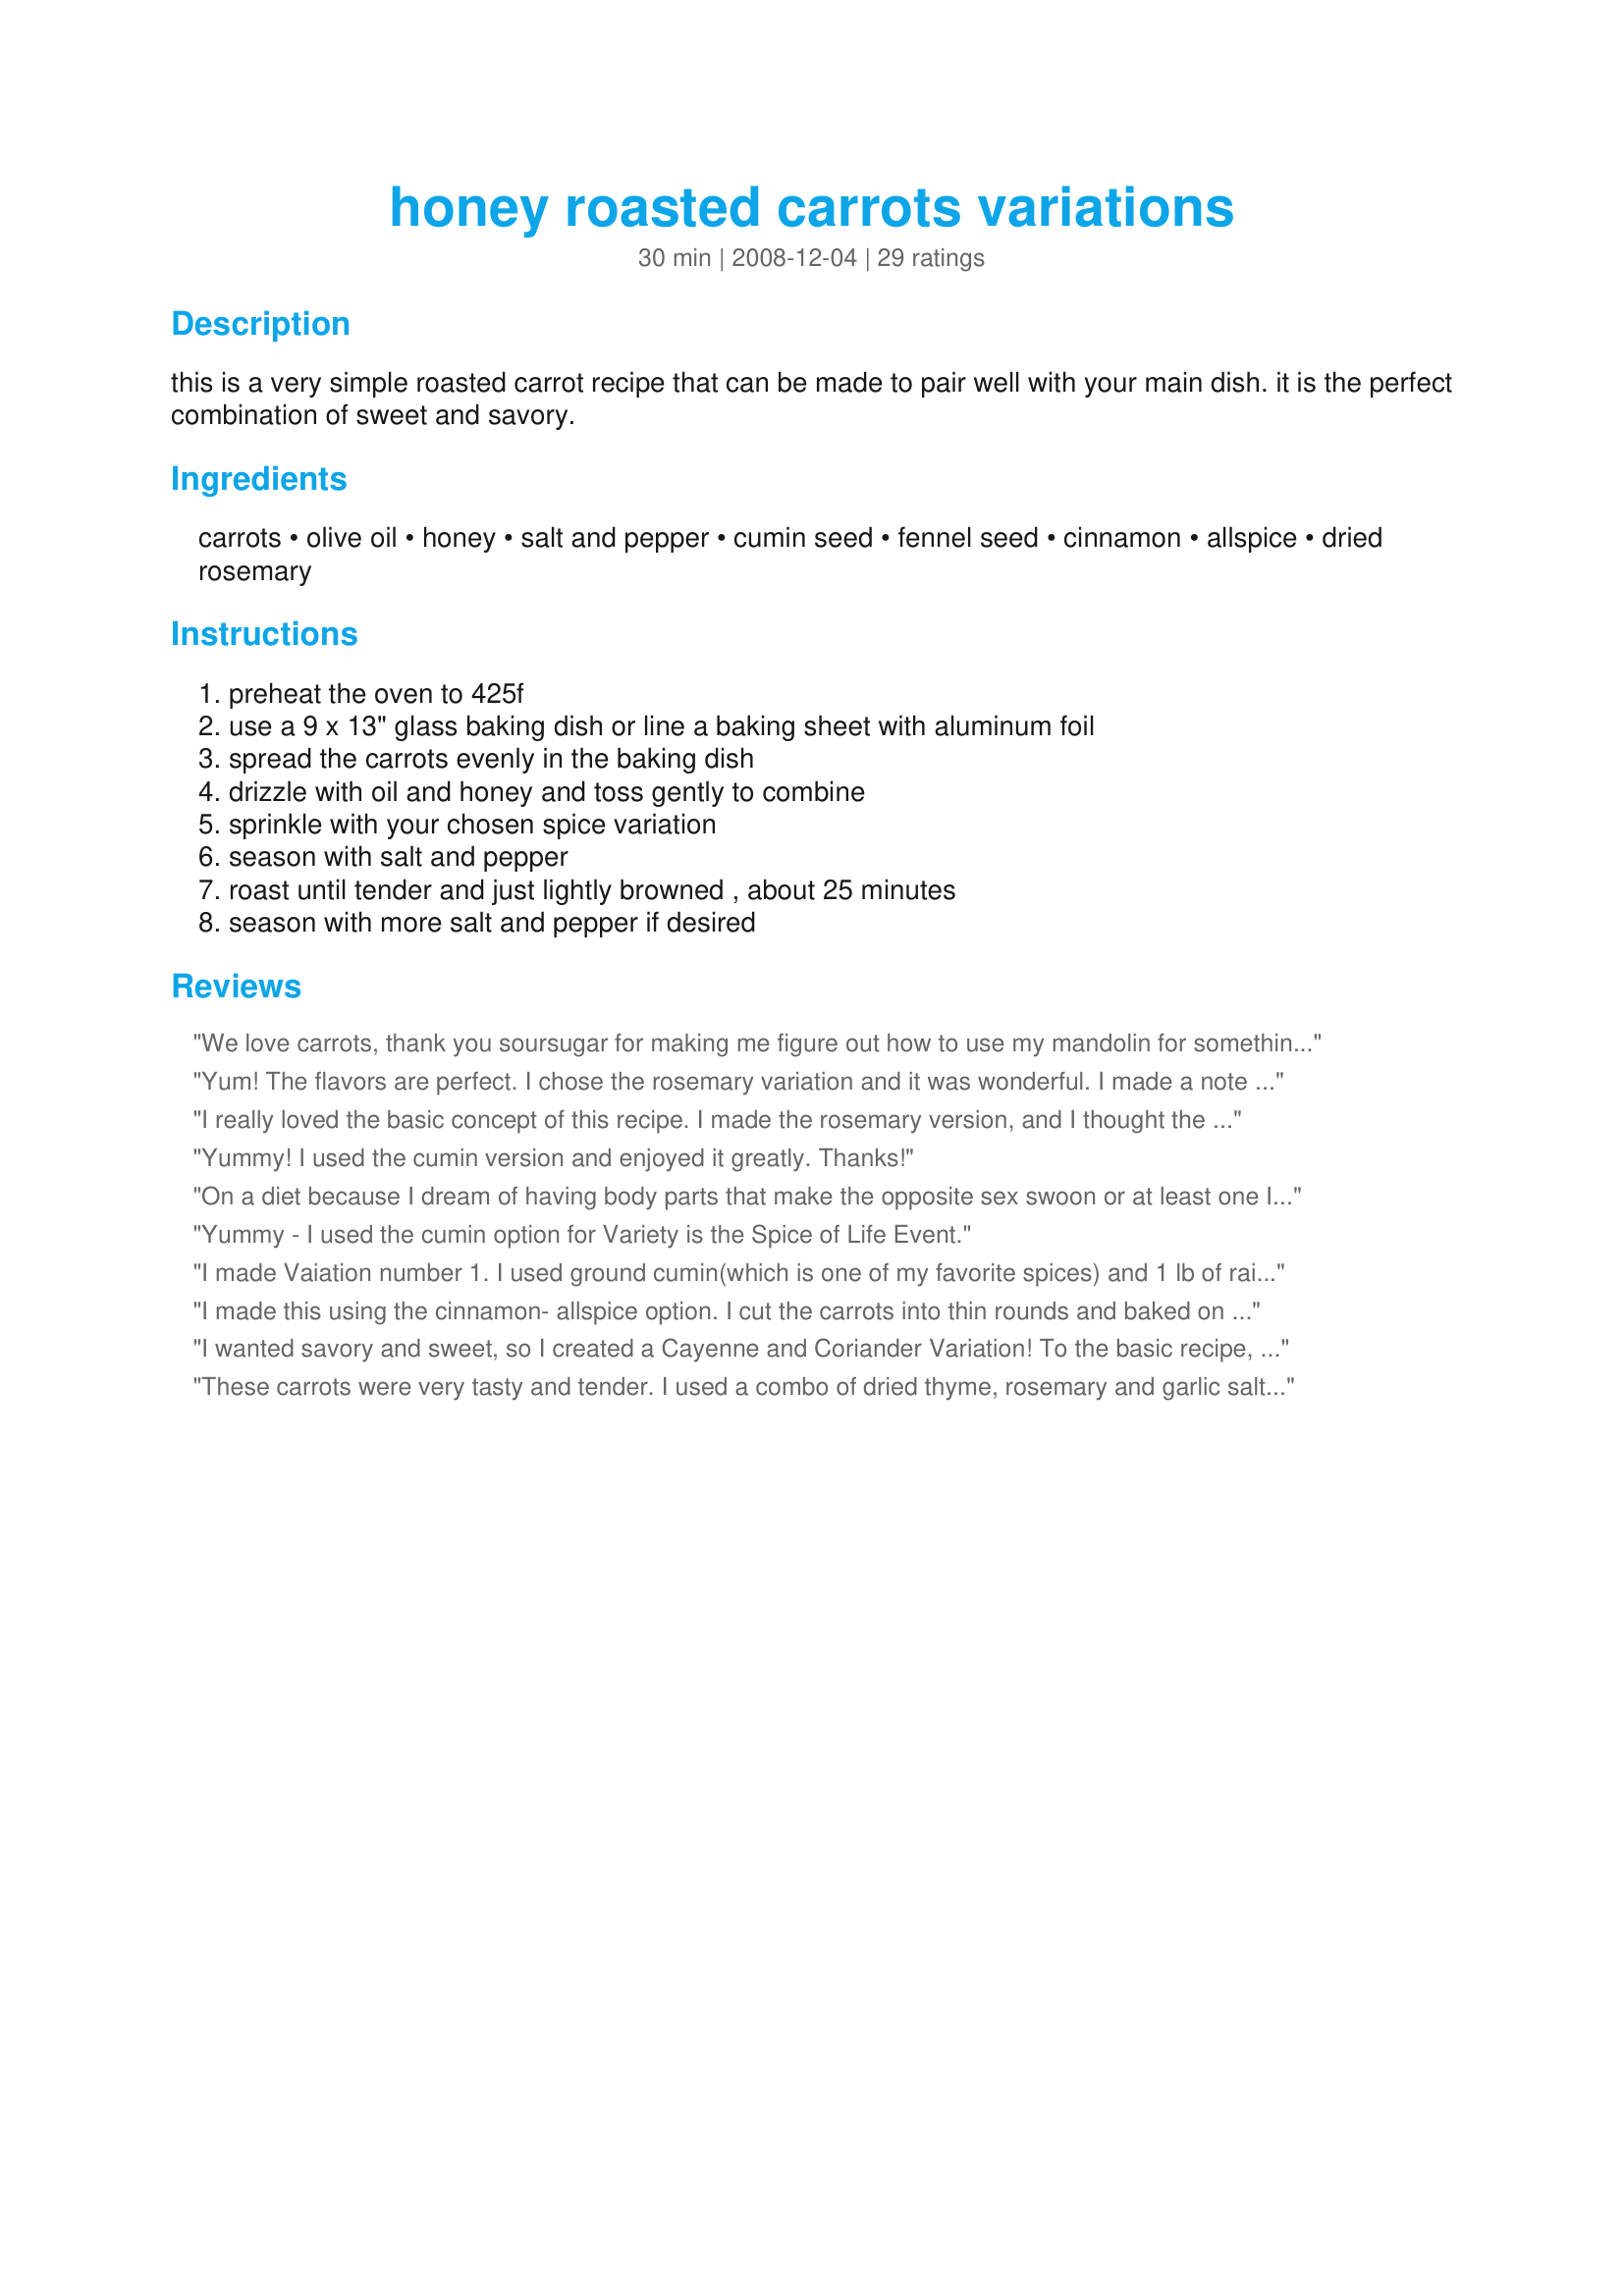
honey roasted carrots variations
Preparation time: 30 minutes

this is a very simple roasted carrot recipe that can be made to pair well with your main dish. it is the perfect combination of sweet and savory.

Ingredients:
carrots, olive oil, honey, salt and pepper, cumin seed, fennel seed, cinnamon, allspice, dried rosemary

Steps:
preheat the oven to 425f, use a 9 x 13" glass baking dish or line a baking sheet with aluminum foil, spread the carrots evenly in the baking dish, drizzle with oil and honey and toss gently to combine, sprinkle with your chosen spice variation, season with salt and pepper, roast until tender and just lightly browned , about 25 minutes, season with more salt and pepper if desired

Reviews:
We love carrots, thank you soursugar for making me figure out how to use my mandolin for something other than slicing potatoes. I made little sticks on the mandolin, just as you suggested.<br/><br/>I chose the fennel variation for the "Variety is the Spice of Life Event" Boy am I happy I did, it was great. I roast a lot of veggies, but never tried carrots before. <br/><br/>Wonderful application for carrots. <br/><br/>No problems at all, cooked exactly as directed. YUMMY!
Yum! The flavors are perfect. I chose the rosemary variation and it was wonderful. I made a note to not slice my carrots so thin because I had a few black bottoms on them by 20 minutes of cooking. Next time I will cut them a bit thicker and check on them sooner. The flavor of the olive oil, honey, salt, pepper and rosemary was spot on!
I really loved the basic concept of this recipe. I made the rosemary version, and I thought the honey made it a little too sweet (though it might be that I might have used too much honey). I'll definitely make this again and just leave out the honey so the savory flavor of the roasted carrots comes out in full bloom. Thanks for sharing your recipe, soursugar. It's a keeper! Made for 2012 Variety of Spice event.
Yummy! I used the cumin version and enjoyed it greatly. Thanks!
On a diet because I dream of having body parts that make the opposite sex swoon or at least one I can show in public. The addition of cumin seeds were fabulous!
Yummy - I used the cumin option for Variety is the Spice of Life Event.
I made Vaiation number 1. I used ground cumin(which is one of my favorite spices) and 1 lb of rainbow carrots. The recipe turned out great and DS walked in the kitchen when I was adding the honey, so he decided he was going to eat his veggies without a problem! LOL. I'll have to make these more often :) Made for Variety is the Spice of Life event '12.
I made this using the cinnamon- allspice option. I cut the carrots into thin rounds and baked on a foil lined baking sheet. The timing was right on and the carrots were delicious! Thanks for sharing. Made for Variety is the Spice of Life event.
I wanted savory and sweet, so I created a Cayenne and Coriander Variation! To the basic recipe, I added 1/8 teaspoon cayenne pepper, and 1 teaspoon ground coriander. Made for Variety is the Spice of Life Event 2012 ~
These carrots were very tasty and tender. I used a combo of dried thyme, rosemary and garlic salt. Next time I plan on trying them without the thyme and rosemary. I also used baby carrots which I cut into coins. Made for the Variety is the Spice of Life Event 2012.
These were sweet and flavorful, enjoyed by all. Did the Basic recipe. Cooked as directed.<br/>Made for Variety is the Spice of Life event. Thank You for sharing.
Thanks to Variety is the Spice of Life Event I chose to try this recipe.<br/><br/>For our choice I picked cinnamon and allspice.<br/><br/>This is a recipe I can me making this dish a lot becaue of how well the flavors went togeher and how easy this dish was to make on a busy night.
Timing, directions, and taste right on. Made the cumin variation. IF, I could add it to my 425 oven cook book I would, but site is not meshing well with iPad. Thank you for sharing. Served with rice and breaded shrimp.
I love roasted carrots! I used a pound of baby carrots cut in half lengthwise with the cinnamon variation. When I make these again (and I will), I will cut back on the cinnamon. Otherwise, we really liked them! MERP'd for the Variety of Spice game.
We love roasted carrots and this recipe does not disappoint. It was quick and easy to make with terrific results. I used the fennel variation and boy am I glad that I did. I coasley sliced the carrots and put the fennel seed in my mortar and pestle for a little crushing to impart more of the fennel flavor. Thank you for sharing this wonderful treat, a new family favorite that I will make again and again. I knew that the fennel would marry well with the carrots, I just didn't realize how wonderful it would taste. Really awesome served with variation potates and crispy oven fried chicken. Made for Variation Event - 5/12
Delicious roasted carrots! I made the cumin variation and thought it was wonderful with the honey. I used baby carrots, sliced in half lengthwise. Thanks for sharing your recipe! Made for the Variety is the Spice of Life event 2012
Excellent recipe. It was hard to decide between cumin and fennels seeds, but I tried cumin this time. Easy to make, lots of flavour and oh-so colourful on the plate. I sliced the carrots with a potato peeler and am still wondering whether I should buy a mandolin -- very tempting. This is now my go-to recipe for carrots with a difference. Thanks for posting.
Made the cinnamon version...sweet like candy!
The carrots were sweet, juicy and went very well with our grilled salmon. I used the dried rosemary variation. <br/>Thanks for posting.<br/>Made for Variety is the Spice of Life.
What a great recipe! :) It tastes soooo yummy and has a perfect balance of flavours. The honey really brings out the natural sweetness of the carrot (I chose to use a tad less honey, though) and the spices are a great addition. I made variations #1, #3 and #4 and liked #3 the best. The allspice and cinnamon were so great with the honey and carrots! YUM!<br/>Ill definitely make this again! THANK YOU SO MUCH for sharing a keeper, soursugar.<br/>Made and reviewed for the Variety is the spice of life event May 2012.
Spicy carrot candy. I made the fennel version with ground fennel seeds and a couple left whole for garnish. They only took about 10 minutes before the edges started to brown, so they were nice and crisp tender. Made for Variety is the Spice of Live Event, May 2012.
I made a double batch of baby carrots & added fennel seed to 1 & fresh minced rosemary to the other. Quite sweet but very tasty. I plan to make the other 2 variations at some point, too. Made for Variety is the Spice of Life 5/12.
Really really sweet but still a very nice side! I made the rosemary option substituting fresh rosemary for dried, also made one minor technique change in that I just cut the carrots into small sticks which cooked up perfectly. We be coming back to try some of the other options. Thanks for the post.
I made these using the cinnamon- allspice option, very very nice! I cut the carrots into batons, and roasted in a baking dish, shaking the pan occasionally. Cooked perfectly, such an easy and delish recipe, thank you soursugar. I used them to accompany recipe#465746 and recipe#181396. This recipe was made for Variety is the Spice of Life event.
Very good. I made this with the cinnamon and allspice. The only complaint I had was that they didn&#039;t taste like carrots. I followed the recipe exactly. I will make them again. I will try another variation. Thank you for posting.
I was I was hoping to find yellow, white or indigo carrots for this recipe but could not but did buy the best quality bunch carrots and added two parsnips both from a local source. Used local blackberry honey, fresh rosemary from our garden (not blooming anymore!) I lined a Pyrex baking dish with parchment paper. The carrots were sliced in half lengthwise and the parsnips sliced into quarters lengthwise. The carrots were roasted a total of 22 minutes. Went quite well with roasted chicken. Will make again! Reviewed for Variety is the Spice of Life/May 2012.
Yum Yum Yum! Made this to go with recipe#432490#432490 with the mushroom-wine topper and made the carrots variation with the rosemary being that is what the sauce had in it for the chicken. I followed the instructions only I did use fresh rosemary from the garden. Defiantely one I will make again and again and with the variations each time will taste a little different. Thank you for posting. Made for the Variety is the Spice of Life tag game.
I have made these twice now, Once with the cinnamon-allspice and once with the fennel seed. Both very good, but we really liked the fennel seed version! Went well with Italian style dinner. I used baby carrots slice lengthwise. Made for Variety is the Spice of Life game.
Made this as a side to go with our chicken for dinner tonight. I cheated and used the tiny petite peeled carrots. For my variation, I chose the cinnamon and allspice since I felt it would compliment our chicken best. I cut the cooking time back so that the carrots were slightly soft on the outside but still very crisp on the inside in order to please my family (I'm the only one who cares for cooked carrots). The only change I would make next time is to cut back on the honey since carrots are so sweet to begin with. Made and reviewed for Variety is the Spice of Life event 2012.
